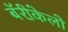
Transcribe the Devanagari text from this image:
बॅरीकेलो